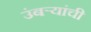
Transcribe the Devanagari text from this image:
उंबऱ्यांची